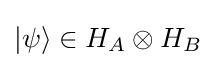
|\psi \rangle \in H_{A}\otimes H_{B}